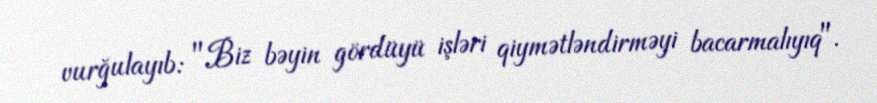
vurğulayıb: "Biz bəyin gördüyü işləri qiymətləndirməyi bacarmalıyıq".